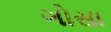
ગોસા